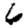
Digit: 6